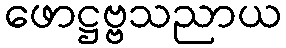
ဖောဋ္ဌဗ္ဗသညာယ